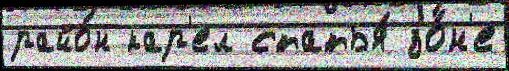
райо́н кар'ел статья́ зо́н'е